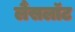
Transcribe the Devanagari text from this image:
लैंसलॉट